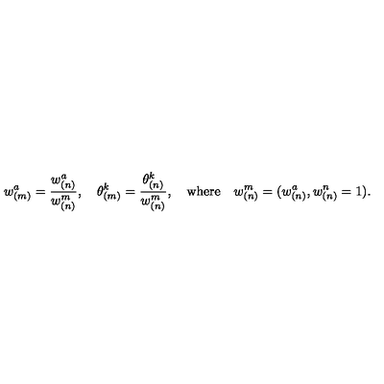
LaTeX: w _ { ( m ) } ^ { a } = \frac { w _ { ( n ) } ^ { a } } { w _ { ( n ) } ^ { m } } , \quad \theta _ { ( m ) } ^ { k } = \frac { \theta _ { ( n ) } ^ { k } } { w _ { ( n ) } ^ { m } } , \quad \mathrm { w h e r e } \quad w _ { ( n ) } ^ { m } = ( w _ { ( n ) } ^ { a } , w _ { ( n ) } ^ { n } = 1 ) .